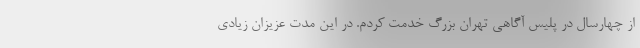
از چهارسال در پلیس آگاهی تهران بزرگ خدمت کردم. در این مدت عزیزان زیادی